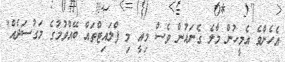
އެހެންވެ އެމީހުން މާލެ ގެނައުން ވެސް މިއީ މި ފްލައިޓްތައް ބޭއްވުމުގެ މަގުސަދެއް"